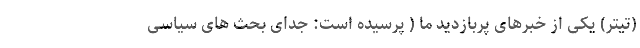
(تیتر) یکی از خبرهای پربازدید ما ( پرسیده است: جدای بحث های سیاسی